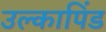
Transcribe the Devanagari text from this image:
उल्‍कापिंड